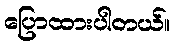
ပြောထားပါတယ်။